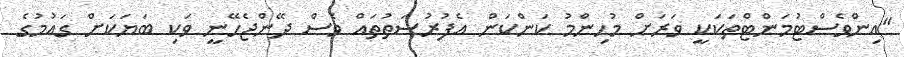
"އިންވެސްޓުމަންޓްތަކަކީ ވަރަށް މުހިންމު ކަންކަން އެފުރުސަތުތައް ވެސް ދޭންޖެހޭނީ ވަކި ބަޔަކަށް ގައުމުގެ